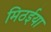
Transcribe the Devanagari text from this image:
मिठईया